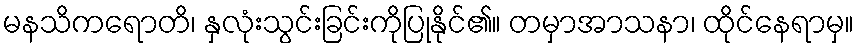
မနသိကရောတိ၊ နှလုံးသွင်းခြင်းကိုပြုနိုင်၏။ တမှာအာသနာ၊ ထိုင်နေရာမှ။